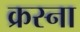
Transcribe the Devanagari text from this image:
क्रस्ना